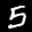
Label: 5